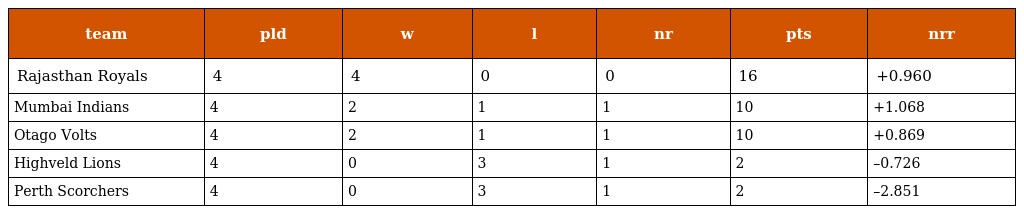
| team | pld | w | l | nr | pts | nrr |
 | --- | --- | --- | --- | --- | --- | --- |
 | Rajasthan Royals | 4 | 4 | 0 | 0 | 16 | +0.960 |
 | Mumbai Indians | 4 | 2 | 1 | 1 | 10 | +1.068 |
 | Otago Volts | 4 | 2 | 1 | 1 | 10 | +0.869 |
 | Highveld Lions | 4 | 0 | 3 | 1 | 2 | –0.726 |
 | Perth Scorchers | 4 | 0 | 3 | 1 | 2 | –2.851 |